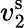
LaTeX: v_{2}^{\mathrm{s}}